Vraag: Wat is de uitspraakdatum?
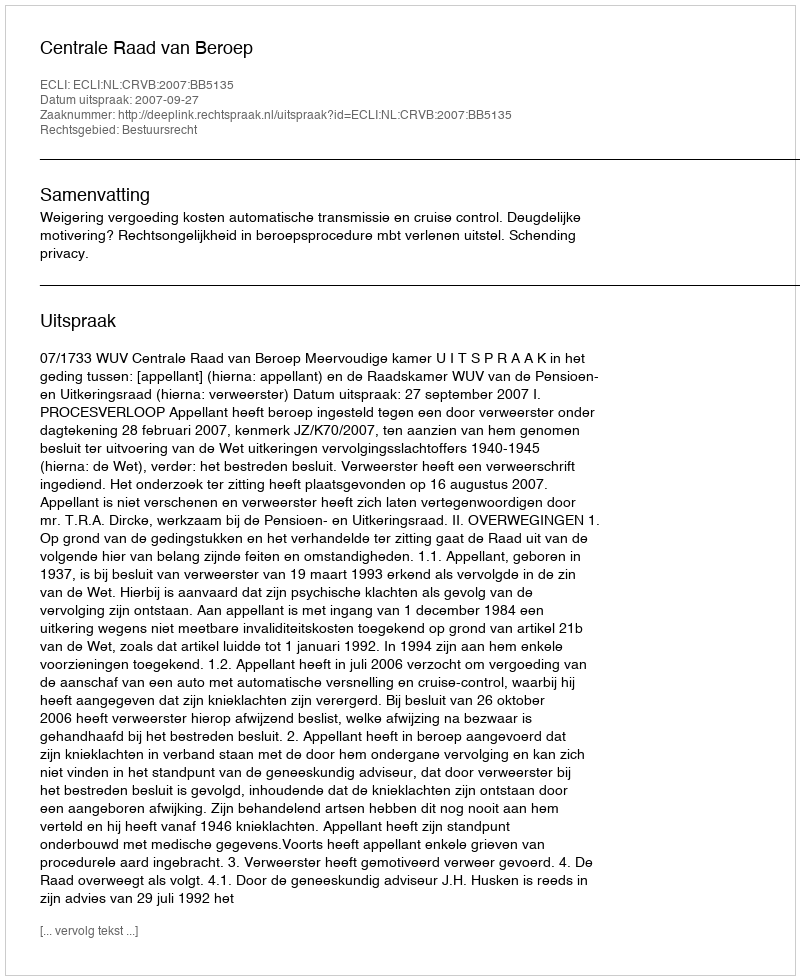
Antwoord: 2007-09-27